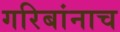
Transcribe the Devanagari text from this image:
गरिबांनाच